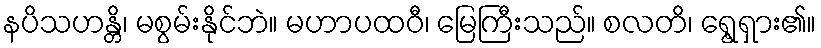
နပိသဟန္တိ၊ မစွမ်းနိုင်ဘဲ။ မဟာပထဝီ၊ မြေကြီးသည်။ စလတိ၊ ရွေ့ရှား၏။